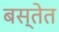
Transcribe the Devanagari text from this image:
बस्तेत